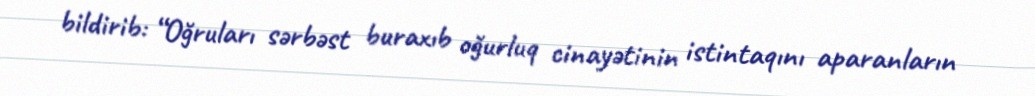
bildirib: “Oğruları sərbəst buraxıb oğurluq cinayətinin istintaqını aparanların